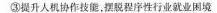
③提升人机协作技能，摆脱程序性行业就业困境